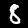
Digit: 8